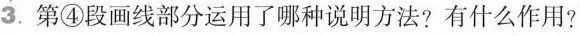
3.第④段画线部分运用了哪种说明方法?有什么作用?